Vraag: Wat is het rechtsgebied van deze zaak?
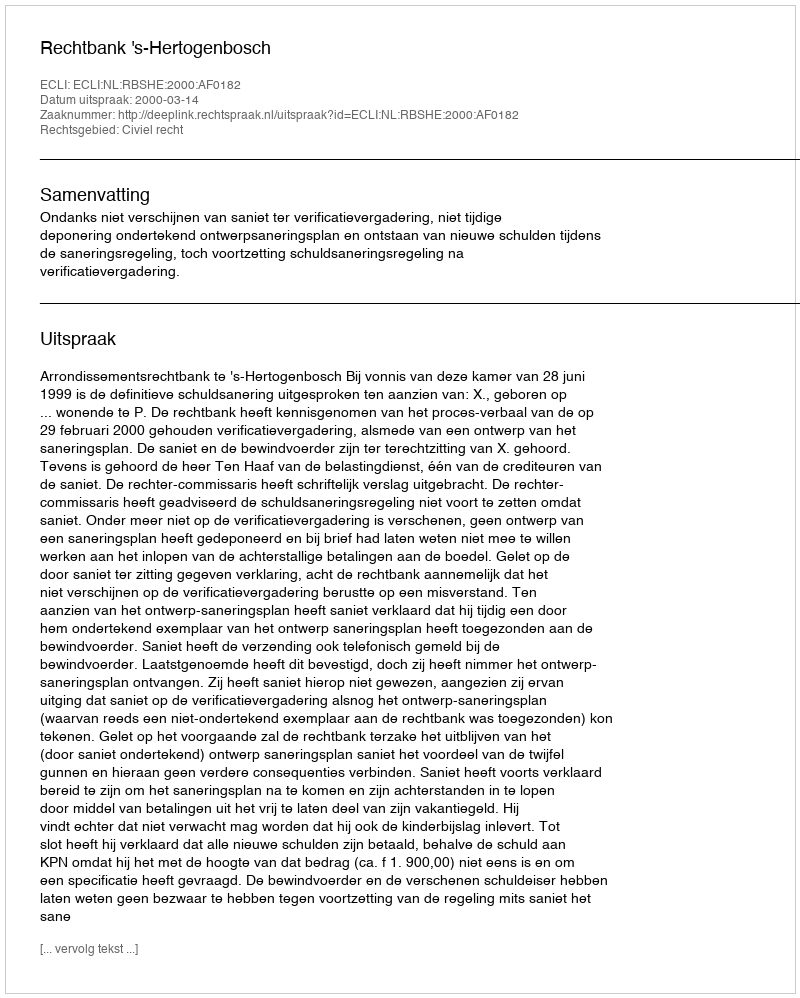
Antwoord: Civiel recht